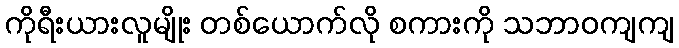
ကိုရီးယားလူမျိုး တစ်ယောက်လို စကားကို သဘာဝကျကျ